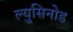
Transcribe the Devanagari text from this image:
ल्युसिनोड